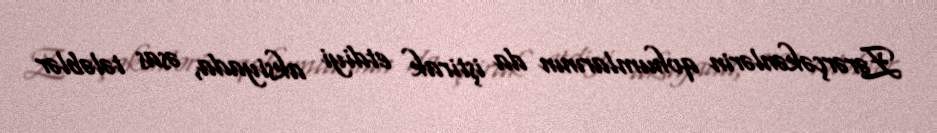
Zərərçəkənlərin qohumlarının da iştirak etdiyi aksiyada, əsas tələblər